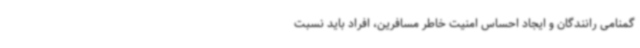
گمنامی رانندگان و ایجاد احساس امنیت خاطر مسافرین، افراد باید نسبت